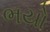
ભયો